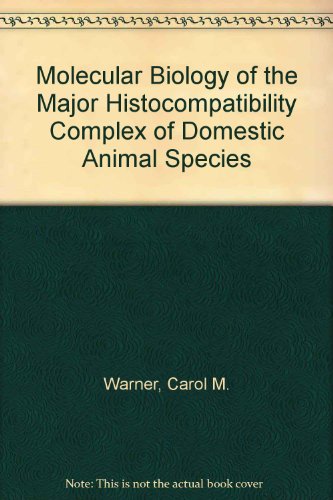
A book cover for Molecular Biology of the Major Histocompatibility Complex of Domestic Animal Species; Carol M. Warner; Medical Books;